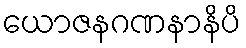
ယောဇနဂဏနာနိပိ